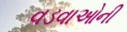
વડવાઓની